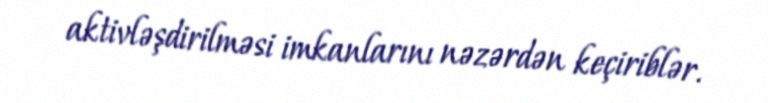
aktivləşdirilməsi imkanlarını nəzərdən keçiriblər.